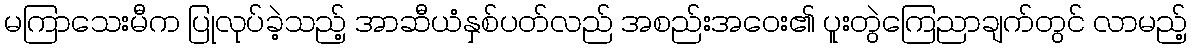
မကြာသေးမီက ပြုလုပ်ခဲ့သည့် အာဆီယံနှစ်ပတ်လည် အစည်းအဝေး၏ ပူးတွဲကြေညာချက်တွင် လာမည့်